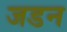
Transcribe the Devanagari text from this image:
जडन